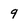
Character: q